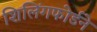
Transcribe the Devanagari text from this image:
शिलिंगफोर्डने